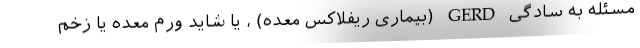
مسئله به سادگی GERD (بیماری ریفلاکس معده) ، یا شاید ورم معده یا زخم